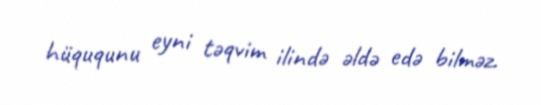
hüququnu eyni təqvim ilində əldə edə bilməz.